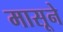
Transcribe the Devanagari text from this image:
मासूने